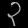
Digit: ၃